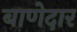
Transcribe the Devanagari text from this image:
बाणेदार